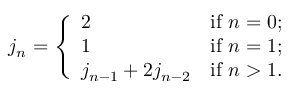
j _ { n } = { \left\{ \begin{array} { l l } { 2 } & { { \mathrm { i f ~ } } n = 0 ; } \\ { 1 } & { { \mathrm { i f ~ } } n = 1 ; } \\ { j _ { n - 1 } + 2 j _ { n - 2 } } & { { \mathrm { i f ~ } } n > 1 . } \end{array} \right. }